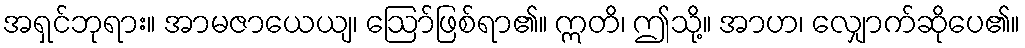
အရှင်ဘုရား။ အာမဇာယေယျ၊ ဩော်ဖြစ်ရာ၏။ ဣတိ၊ ဤသို့။ အာဟ၊ လျှောက်ဆိုပေ၏။